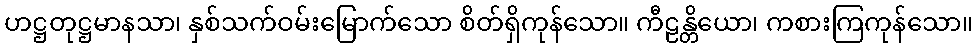
ဟဋ္ဌတုဋ္ဌမာနသာ၊ နှစ်သက်ဝမ်းမြောက်သော စိတ်ရှိကုန်သော။ ကီဠန္တိယော၊ ကစားကြကုန်သော။